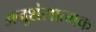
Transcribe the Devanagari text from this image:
अनूशंसात्मक